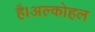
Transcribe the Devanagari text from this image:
है।अल्कोहल